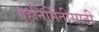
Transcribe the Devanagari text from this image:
गृहनिर्मितीसाठी